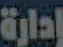
إدارة